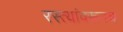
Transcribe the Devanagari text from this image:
रस्त्यांवरूनच